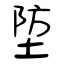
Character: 埅